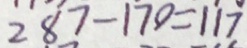
2 8 7 - 1 7 0 = 1 1 7